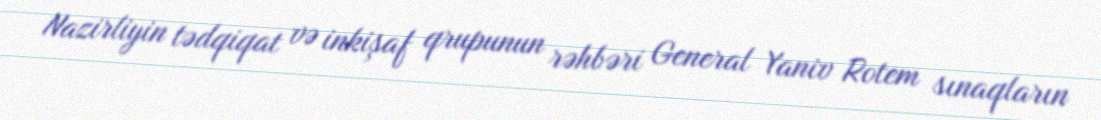
Nazirliyin tədqiqat və inkişaf qrupunun rəhbəri General Yaniv Rotem sınaqların